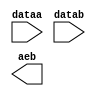
// megafunction wizard: %LPM_COMPARE%VBB%
// GENERATION: STANDARD
// VERSION: WM1.0
// MODULE: LPM_COMPARE 

// ============================================================
// Megafunction Name(s):
// 			LPM_COMPARE
//
// Simulation Library Files(s):
// 			lpm
// ============================================================
// ************************************************************
// THIS IS A WIZARD-GENERATED FILE. DO NOT EDIT THIS FILE!
//
// 17.1.0 Build 590 10/25/2017 SJ Lite Edition
// ************************************************************

//Copyright (C) 2017  Intel Corporation. All rights reserved.
//Your use of Intel Corporation's design tools, logic functions 
//and other software and tools, and its AMPP partner logic 
//functions, and any output files from any of the foregoing 
//(including device programming or simulation files), and any 
//associated documentation or information are expressly subject 
//to the terms and conditions of the Intel Program License 
//Subscription Agreement, the Intel Quartus Prime License Agreement,
//the Intel FPGA IP License Agreement, or other applicable license
//agreement, including, without limitation, that your use is for
//the sole purpose of programming logic devices manufactured by
//Intel and sold by Intel or its authorized distributors.  Please
//refer to the applicable agreement for further details.

module compare_timer (
	dataa,
	datab,
	aeb);

	input	[9:0]  dataa;
	input	[9:0]  datab;
	output	  aeb;

endmodule

// ============================================================
// CNX file retrieval info
// ============================================================
// Retrieval info: PRIVATE: AeqB NUMERIC "1"
// Retrieval info: PRIVATE: AgeB NUMERIC "0"
// Retrieval info: PRIVATE: AgtB NUMERIC "0"
// Retrieval info: PRIVATE: AleB NUMERIC "0"
// Retrieval info: PRIVATE: AltB NUMERIC "0"
// Retrieval info: PRIVATE: AneB NUMERIC "0"
// Retrieval info: PRIVATE: INTENDED_DEVICE_FAMILY STRING "MAX 10"
// Retrieval info: PRIVATE: LPM_PIPELINE NUMERIC "1"
// Retrieval info: PRIVATE: Latency NUMERIC "0"
// Retrieval info: PRIVATE: PortBValue NUMERIC "0"
// Retrieval info: PRIVATE: Radix NUMERIC "10"
// Retrieval info: PRIVATE: SYNTH_WRAPPER_GEN_POSTFIX STRING "0"
// Retrieval info: PRIVATE: SignedCompare NUMERIC "0"
// Retrieval info: PRIVATE: aclr NUMERIC "0"
// Retrieval info: PRIVATE: clken NUMERIC "0"
// Retrieval info: PRIVATE: isPortBConstant NUMERIC "0"
// Retrieval info: PRIVATE: nBit NUMERIC "10"
// Retrieval info: PRIVATE: new_diagram STRING "1"
// Retrieval info: LIBRARY: lpm lpm.lpm_components.all
// Retrieval info: CONSTANT: LPM_REPRESENTATION STRING "UNSIGNED"
// Retrieval info: CONSTANT: LPM_TYPE STRING "LPM_COMPARE"
// Retrieval info: CONSTANT: LPM_WIDTH NUMERIC "10"
// Retrieval info: USED_PORT: aeb 0 0 0 0 OUTPUT NODEFVAL "aeb"
// Retrieval info: USED_PORT: dataa 0 0 10 0 INPUT NODEFVAL "dataa[9..0]"
// Retrieval info: USED_PORT: datab 0 0 10 0 INPUT NODEFVAL "datab[9..0]"
// Retrieval info: CONNECT: @dataa 0 0 10 0 dataa 0 0 10 0
// Retrieval info: CONNECT: @datab 0 0 10 0 datab 0 0 10 0
// Retrieval info: CONNECT: aeb 0 0 0 0 @aeb 0 0 0 0
// Retrieval info: GEN_FILE: TYPE_NORMAL compare_timer.v TRUE
// Retrieval info: GEN_FILE: TYPE_NORMAL compare_timer.inc FALSE
// Retrieval info: GEN_FILE: TYPE_NORMAL compare_timer.cmp FALSE
// Retrieval info: GEN_FILE: TYPE_NORMAL compare_timer.bsf TRUE
// Retrieval info: GEN_FILE: TYPE_NORMAL compare_timer_inst.v TRUE
// Retrieval info: GEN_FILE: TYPE_NORMAL compare_timer_bb.v TRUE
// Retrieval info: LIB_FILE: lpm